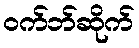
ဝက်ဘ်ဆိုက်